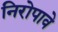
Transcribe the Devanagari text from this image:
निरोपावे